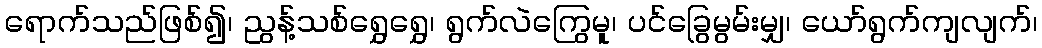
ရောက်သည်ဖြစ်၍၊ ညွန့်သစ်ရွှေရွှေ၊ ရွက်လဲကြွေမူ၊ ပင်ခြွေမွမ်းမျှ၊ ယော်ရွက်ကျလျက်၊